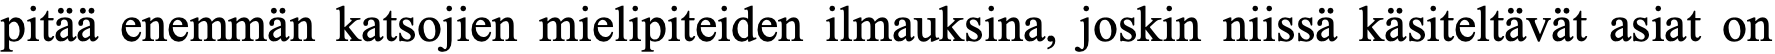
pitää enemmän katsojien mielipiteiden ilmauksina, joskin niissä käsiteltävät asiat on